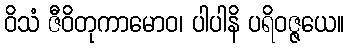
ဝိသံ ဇီဝိတုကာမောဝ၊ ပါပါနိ ပရိဝဇ္ဇယေ။